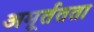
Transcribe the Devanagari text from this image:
अमूर्ततता